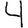
Digit: 4